Vaccination in the Punjab 1883-1896 - 1883-1896
Year: 1883
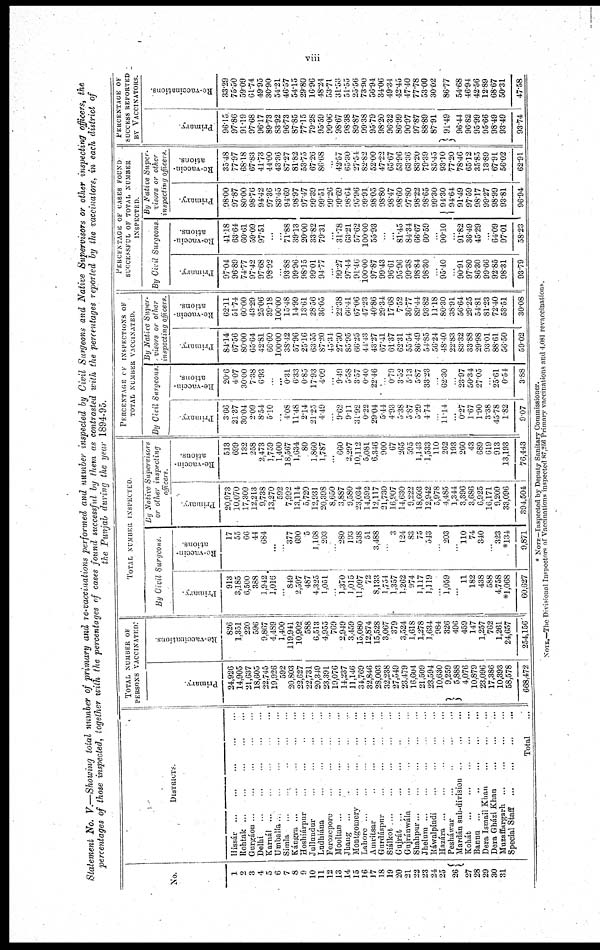
viii
Statement No. V.-Showing total number of primary and re-vaccinations performed and number inspected by Civil Surgeons and Native Supervisors or other inspecting officers, the
percentages of those inspected, together with the percentages of cases found successful by them as contrasted with the percentages reported by the vaccinators, in each district of
the Punjab during the year 1894-95.
No.
1
2
3
4
5
6
7
8
9
10
11
12
13
14
15
16
17
18
19
20
21
22
23
24
25
26
27
28
29
30
31
DISTRICTS.
Hissár ... ... ... ... ...
Rohtak ... ... ... ... ...
Gurgáon ... ... ... ... ...
Delhi
...
...
...
...
...
Karnál ... ... ... ... ...
Umballa
...
...
...
...
...
Simla ... ... ... ... ...
Kángra ... ... ... ... ...
Hoshiárpur ... ... ... ... ...
Jullundur ... ... ... ... ...
Ludhiána ... ... ... ... ...
Ferozepore ... ... ... ... ...
Mooltan ... ... ... ... ...
Jhang ... ... ... ... ...
Montgomery ... ... ... ... ...
Lahore ... ... ... ... ...
Amritsar ... ... ... ... ...
Gurdáspur ... ... ... ... ...
Siálkot
...
...
...
...
...
Gujrát ... ... ... ... ...
Gujránwála ... ... ... ... ...
Shahpur ... ... ... ... ...
Jhelum ... ... ... ... ...
Ráwalpindi ... ... ... ... ...
Hazára ... ... ... ... ...
Pesháwar ... ... ... ... ...
Mardán sub-division ... ... ... ...
Kohát ... ... ... ... ...
Bannu ... ... ... ... ...
Dera Ismail Khan ... ... ... ...
Dera Gházi Khan ... ... ... ...
Muzaffargarh ... ... ... ... ...
Special Staff ... ... ... ... ...
Total ...
TOTAL NUMBER OF
PERSONS VACCINATED.
Primary.
24,926
14,905
21,637
18,605
22,745
19,926
592
20,803
22,627
22,731
20,349
23,391
19,076
14,237
11,146
34,769
32,846
28,003
32,238
27,549
23,479
16,604
21,509
23,594
10,630
9,259
5,888
4,076
10,879
23,096
17,386
10,393
58,578
668,472
Re -vaccinations.
826
1,351
220
596
9,867
4,489
1,400
119,941
10,902
588
6,513
4,955
769
2,949
3,459
15,080
12,874
15,528
3,067
379
3,524
1,618
1,278
1,634
984
326
496
459
147
1,257
762
1,261
24,657
254,156
TOTAL NUMBER INSPECTED.
By Civil Surgeons.
Primary.
913
3,185
6,500
388
1,942
1,016
...
849
2,597
487
4,325
1,051
...
1,370
1,015
11,097
72
8,133
1,751
1,357
1,262
974
1,117
1,119
... 1,059
...
11
182
438
588
4,758
*1,068
60,627
Re-vaccin-
ations.
17
55
66
44
684
...
...
377
690
5
1,168
203
...
280
193
538
51
3,488
...
3
124
83
75
543
...
203
...
110
74
340
... 323
*134
9,871
By Native Supervisors
or other inspecting
officers.
Primary.
20,973
10,070
17,309
12,213
9,738
13,270
592
7,992
13,114
5,720
12,931
20,398
8,650
3,887
9,580
23,034
14,592
12,117
21,730
16,907
14,630
9,222
18,603
12,942
5,978
4,485
1,344
3,396
3,686
6,925
16,171
9,209
33,096
394,504
Re-vaccin-
ations.
513
699
132
258
2,473
1,759
1,400
18,567
1,634
80
1,860
1,787
...
660
2,297
10,112
5,081
6,346
900
67
265
595
1,143
1,533
110
262
193
260
43
689
619
913
13,193
76,443
PERCENTAGE OF INSPECTIONS OF
TOTAL NUMBER VACCINATED.
By Civil Surgeons.
Primary.
3.66
21.37
30.04
2.09
8.54
5.10
...
4.08
11.48
2.14
21.25
4.49
...
9.62
9.11
31.92
0.22
29.04
5.44
4.93
5.38
5.87
5.29
4.74
...
11.14
...
0.27
1.67
1.90
3.38
45.78
1.82
9.07
Re-vaccin¬
ations.
20.6
4.07
30.00
7.38
6.93
...
...
0.31
6.33
0.85
17.93
4.09
...
9.49
5.58
3.57
0.40
22.46
...
0.79
3.52
5.13
5.87
33.23
...
62.30
...
23.97
50.34
27.05
...
25.61
0.54
3.88
By Native Super-
visors or other
inspecting officers.
Primary.
84.14
67.56
80.00
65.64
42.81
66.60
100.00
38.42
57.96
25.16
63.55
87.20
45.34
27.30
85.95
66.25
44.43
43.27
67.41
61.37
62.31
55.54
86.49
54.85
56.24.
48.40
22.83
83.32
33.88
29.98
93.01
88.61
56.50
59.02
Re-vaccin-
ations.
62.11
51.74
60.00
43.29
25.06
39.18
100.00
15.48
14.99
13.61
28.56
36.05
...
22.38
66.41
67.06
47.23
40.86
29.34
17.68
7.52
36.77
89.44
93.82
11.18
80.30
38.91
56.64
29.25
54.81
81.23
72.40
53.51
30.08
PERCENTAGE OF CASES FOUND
SUCCESSFUL OF TOTAL NUMBER
INSPECTED.
By Civil Surgeons
Primary.
97.04
96.89
74.77
97.42
97.68
98.92
...
93.88
99.96
98.15
99.01
94.77
...
99.27
97.44
91.40
100.00
97.87
99.43
96.61
95.96
99.38
98.84
98.30
...
95.40
...
90.91
97.80
86.30
99.66
92.85
98.31
93.79
Re-vaccin-
ations.
41.18
63.64
60.61
59.09
97.51
...
...
71.88
39.13
20.00
33.82
79.31
...
31.78
63.21
57.62
100.00
55.93
...
...
81.45
84.34
66.67
60.59
...
90.10
...
91.82
36.49
45.29
...
64.09
97.01
58.23
By Native Super¬
visors or other
inspecting officers.
Primary.
98.00
97.87
80.00
98.76
94.42
97.36
83.45
94.69
98.97
97.47
99.39
99.51
99.26
99.69
98.64
95.96
99.91
98.05
98.80
98.47
98.60
97.80
98.22
98.65
99.30
94.30
94.64
91.49
97.59
98.17
99.27
98.99
93.81
96.94
Re-vaccin¬
ations.
35.48
77.97
68.18
67.83
41.73
44.00
43.36
87.27
81.82
53.75
67.26
86.68
...
42.57
65.30
27.54
82.82
52.00
47.22
65.67
53.96
63.36
83.20
79.39
85.45
93.10
77.20
78.46
65.12
35.85
13.89
67.91
56.02
62.91
PERCENTAGE OF
SUCCESS REPORTED
BY VACCINATORS
Primary.
96.15
97.86
91.19
97.68
96.17
89.73
83.92
96.73
87.85
77.15
79.28
95.59
99.06
98.67
98.38
89.87
99.38
95.79
98.20
96.32
86.99
90.97
97.87
88.89
87.91
91.49
96.44
96.82
95.99
95.66
98.49
93.49
93.74
Re-vaccinations.
33.29
75.50
59.09
61.74
49.95
30.90
54.21
46.57
54.15
29.80
16.96
48.24
53.71
31.53
51.55
25.56
73.90
56.94
34.06
49.34
42.45
47.40
77.78
53.00
30.02
86.77
54.68
46.94
42.56
12.89
68.67
50.31
47.58
* NOTE—Inspected by Deputy Sanitary Commissioner.
NOTE.—The Divisional Inspectors of Vaccinations inspected 87,256 Primary vaccinations and 4,081 revaccinations.